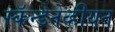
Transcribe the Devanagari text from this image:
स्कॅन्डेनेव्हीयन